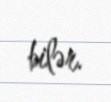
bilər.